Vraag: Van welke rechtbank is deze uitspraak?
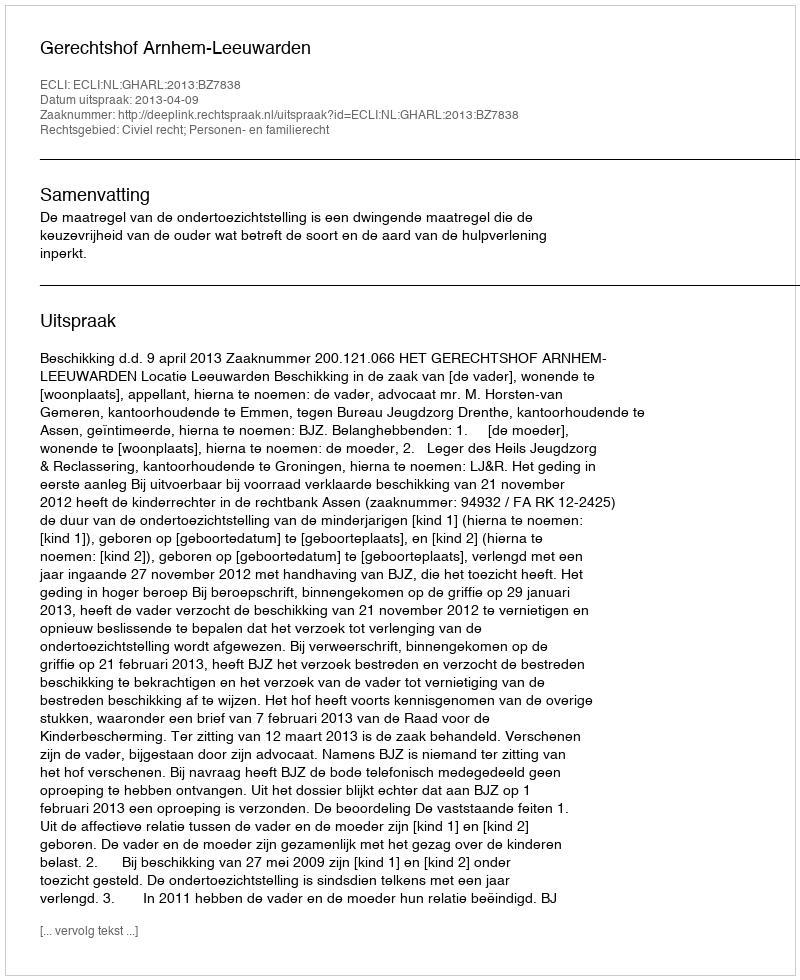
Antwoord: Gerechtshof Arnhem-Leeuwarden